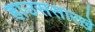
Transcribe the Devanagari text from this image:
हाउससारखे